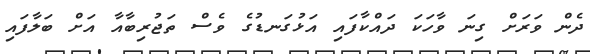
ދެން ވަރަށް ގިނަ ވާހަކަ ދައްކާފައި އަޅުގަނޑުގެ ވެސް ތަޖުރިބާއާ އަށް ބަލާފައި